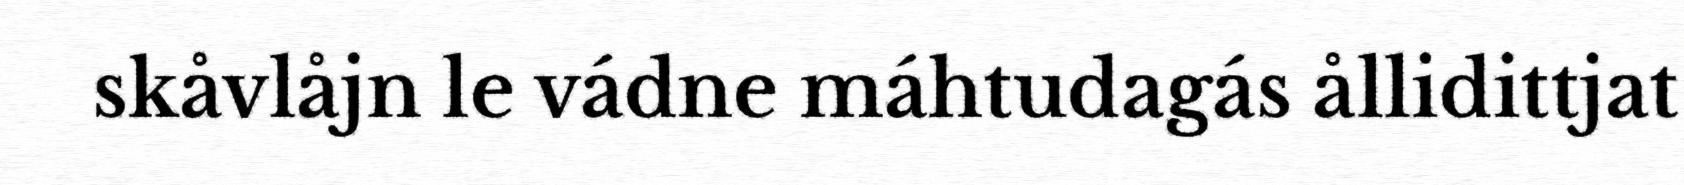
skåvlåjn le vádne máhtudagás ållidittjat